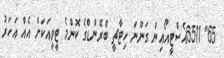
65" 6511އެސްޓީއޯއިން ގަންނަ ހިޓާޗީ ބްރޭންޑްގެ ކޮންމެ ޓީވީއަކަށް އެއް އަހަރު